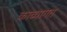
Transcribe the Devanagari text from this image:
काव्यागत